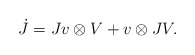
\begin{align*} \dot J= Jv\otimes V +v\otimes JV.\end{align*}